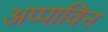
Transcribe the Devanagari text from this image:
अप्पाविन